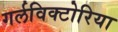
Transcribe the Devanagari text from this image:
गर्लविक्टोरिया